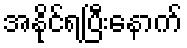
အနိုင်ရပြီးနောက်